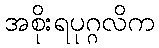
အစိုးရပုဂ္ဂလိက